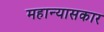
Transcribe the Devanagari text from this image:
महान्यासकार